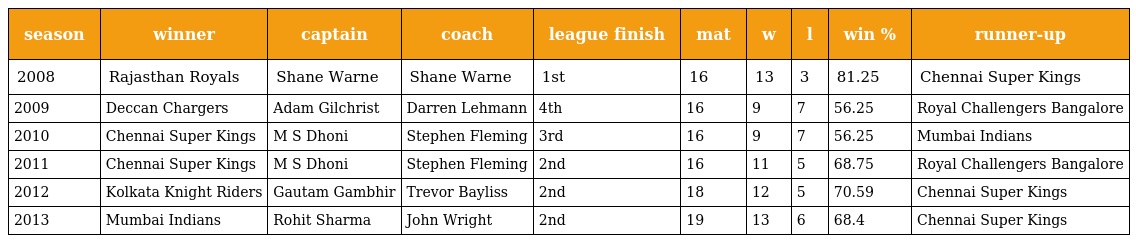
| season | winner | captain | coach | league finish | mat | w | l | win % | runner-up |
 | --- | --- | --- | --- | --- | --- | --- | --- | --- | --- |
 | 2008 | Rajasthan Royals | Shane Warne | Shane Warne | 1st | 16 | 13 | 3 | 81.25 | Chennai Super Kings |
 | 2009 | Deccan Chargers | Adam Gilchrist | Darren Lehmann | 4th | 16 | 9 | 7 | 56.25 | Royal Challengers Bangalore |
 | 2010 | Chennai Super Kings | M S Dhoni | Stephen Fleming | 3rd | 16 | 9 | 7 | 56.25 | Mumbai Indians |
 | 2011 | Chennai Super Kings | M S Dhoni | Stephen Fleming | 2nd | 16 | 11 | 5 | 68.75 | Royal Challengers Bangalore |
 | 2012 | Kolkata Knight Riders | Gautam Gambhir | Trevor Bayliss | 2nd | 18 | 12 | 5 | 70.59 | Chennai Super Kings |
 | 2013 | Mumbai Indians | Rohit Sharma | John Wright | 2nd | 19 | 13 | 6 | 68.4 | Chennai Super Kings |